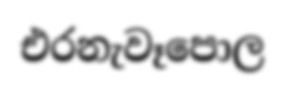
එරනැවෑපොල